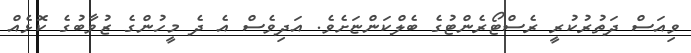
ވިއަސް ދަތުރުކުރީ ރެސްޓޯރެންޓުގެ ބެލްކަންޏަށެވެ. އަދިވެސް އެ ދެ މީހުންގެ ޒުވާބުގެ ކޮޅެއް